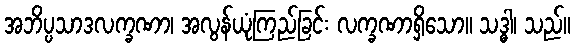
အဘိပ္ပသာဒလက္ခဏာ၊ အလွန်ယုံကြည်ခြင်း လက္ခဏာရှိသော။ သဒ္ဓါ၊ သည်။